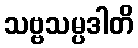
သဗ္ဗသမ္ပဒါတိ